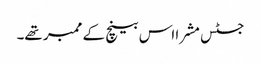
جسٹس مشرا اس بینچ کے ممبر تھے۔